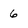
Character: 6